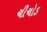
ચીચોડ